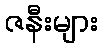
ဇနီးများ